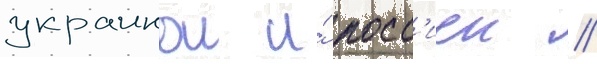
украинои и́ росс'иеи //